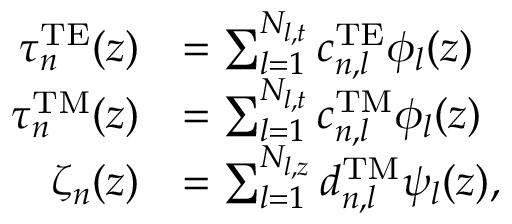
\begin{array} { r l } { \tau _ { n } ^ { \mathrm { T E } } ( z ) } & { = \sum _ { l = 1 } ^ { N _ { l , t } } c _ { n , l } ^ { \mathrm { T E } } \phi _ { l } ( z ) } \\ { \tau _ { n } ^ { \mathrm { T M } } ( z ) } & { = \sum _ { l = 1 } ^ { N _ { l , t } } c _ { n , l } ^ { \mathrm { T M } } \phi _ { l } ( z ) } \\ { \zeta _ { n } ( z ) } & { = \sum _ { l = 1 } ^ { N _ { l , z } } d _ { n , l } ^ { \mathrm { T M } } \psi _ { l } ( z ) , } \end{array}